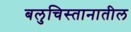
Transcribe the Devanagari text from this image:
बलुचिस्तानातील